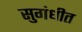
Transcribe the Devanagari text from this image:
सुगंधीत